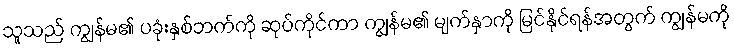
သူသည် ကျွန်မ၏ ပခုံးနှစ်ဘက်ကို ဆုပ်ကိုင်ကာ ကျွန်မ၏ မျက်နှာကို မြင်နိုင်ရန်အတွက် ကျွန်မကို